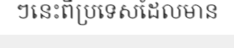
ៗនេះពីប្រទេសដែលមាន